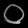
Digit: ၀